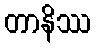
တာနိဿ